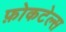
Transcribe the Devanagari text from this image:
फ़ोकटेल्स